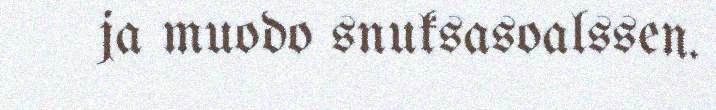
ja muodo snuksasoalssen.